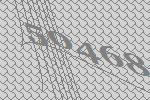
50468